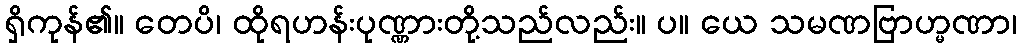
ရှိကုန်၏။ တေပိ၊ ထိုရဟန်းပုဏ္ဏားတို့သည်လည်း။ ပ။ ယေ သမဏဗြာဟ္မဏာ၊